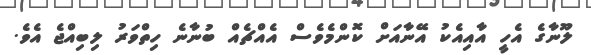
ލޫނާގެ އެހީ އާއިއެކު އޭނާއަށް ކޮންމެވެސް އެއްޗެއް ބުނާނެ ހިތްވަރު ލިބިއްޖެ އެވެ.